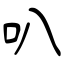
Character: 叭